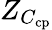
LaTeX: Z_{C_{\mathrm{cp}}}